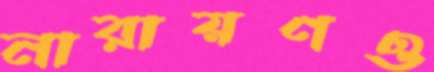
নারায়ণও